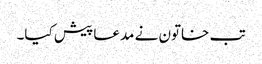
تب خاتون نے مدعا پیش کیا۔